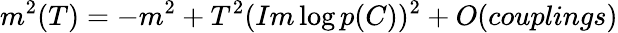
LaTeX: m^{2}(T)=-m^{2}+T^{2}(Im\log p(C))^{2}+O(couplings)